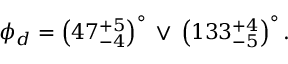
\phi _ { d } = \left( 4 7 _ { - 4 } ^ { + 5 } \right) ^ { \circ } \, \lor \, \left( 1 3 3 _ { - 5 } ^ { + 4 } \right) ^ { \circ } .